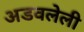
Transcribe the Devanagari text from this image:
अडवलेली